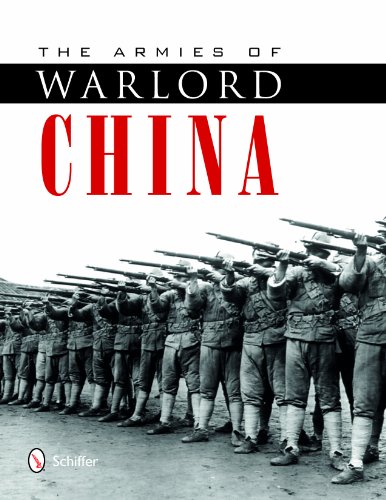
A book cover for The Armies of Warlord China 1911-1928; Philip Jowett; History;